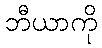
ဘီယာကို